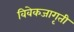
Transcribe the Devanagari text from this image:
विवेकजागृती